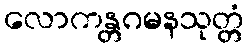
လောကန္တဂမနသုတ္တံ